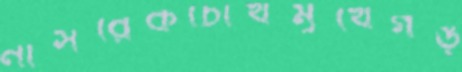
নাসরেকচোখমুখেগঙ্